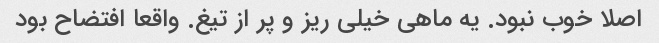
اصلا خوب نبود. یه ماهی خیلی ریز و پر از تیغ. واقعا افتضاح بود